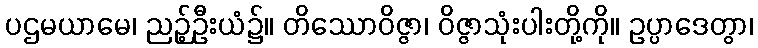
ပဌမယာမေ၊ ညဉ့်ဦးယံ၌။ တိဿောဝိဇ္ဇာ၊ ဝိဇ္ဇာသုံးပါးတို့ကို။ ဥပ္ပာဒေတွာ၊